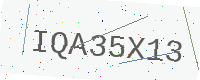
Text: IQA35X13